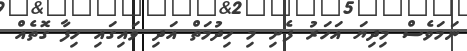
ނަމަވެސް މިދިޔަ އަހަރު ފެށި މި ހިދުމަތް އަދި ވައިގައި ހިފާ ގޮތެއް